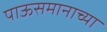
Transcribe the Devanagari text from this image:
पाऊसमानाच्या